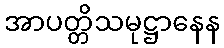
အာပတ္တိသမုဋ္ဌာနေန